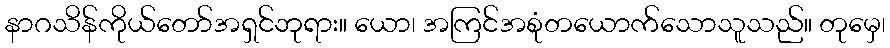
နာဂသိန်ကိုယ်တော်အရှင်ဘုရား။ ယော၊ အကြင်အစုံတယောက်သောသူသည်။ တုမှေ၊